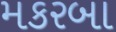
મકરબા